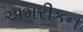
અમરીકન